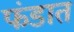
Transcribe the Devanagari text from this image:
फंडात